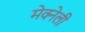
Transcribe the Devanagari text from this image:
मेक्नेली